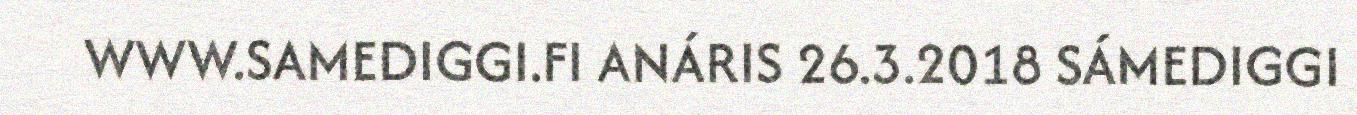
WWW.SAMEDIGGI.FI ANÁRIS 26.3.2018 SÁMEDIGGI